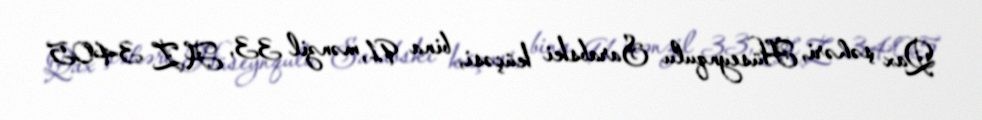
Qax şəhəri, Hüseynqulu Sarabski küçəsi, bina 91, mənzil 33, AZ 3405